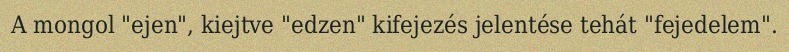
A mongol "ejen", kiejtve "edzen" kifejezés jelentése tehát "fejedelem".